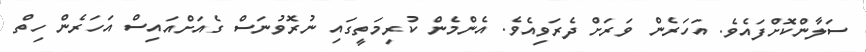
ސަލާންކޮށްފައެވެ. އަހަރެން ވަރަށް ދެރަވިއެވެ. އެންމެން ކުރިމަތީގައި ނުރޮވުނަސް ގެއަށްއައިސް އަހަރެން ހިތް